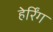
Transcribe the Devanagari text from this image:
हेर्रिंग